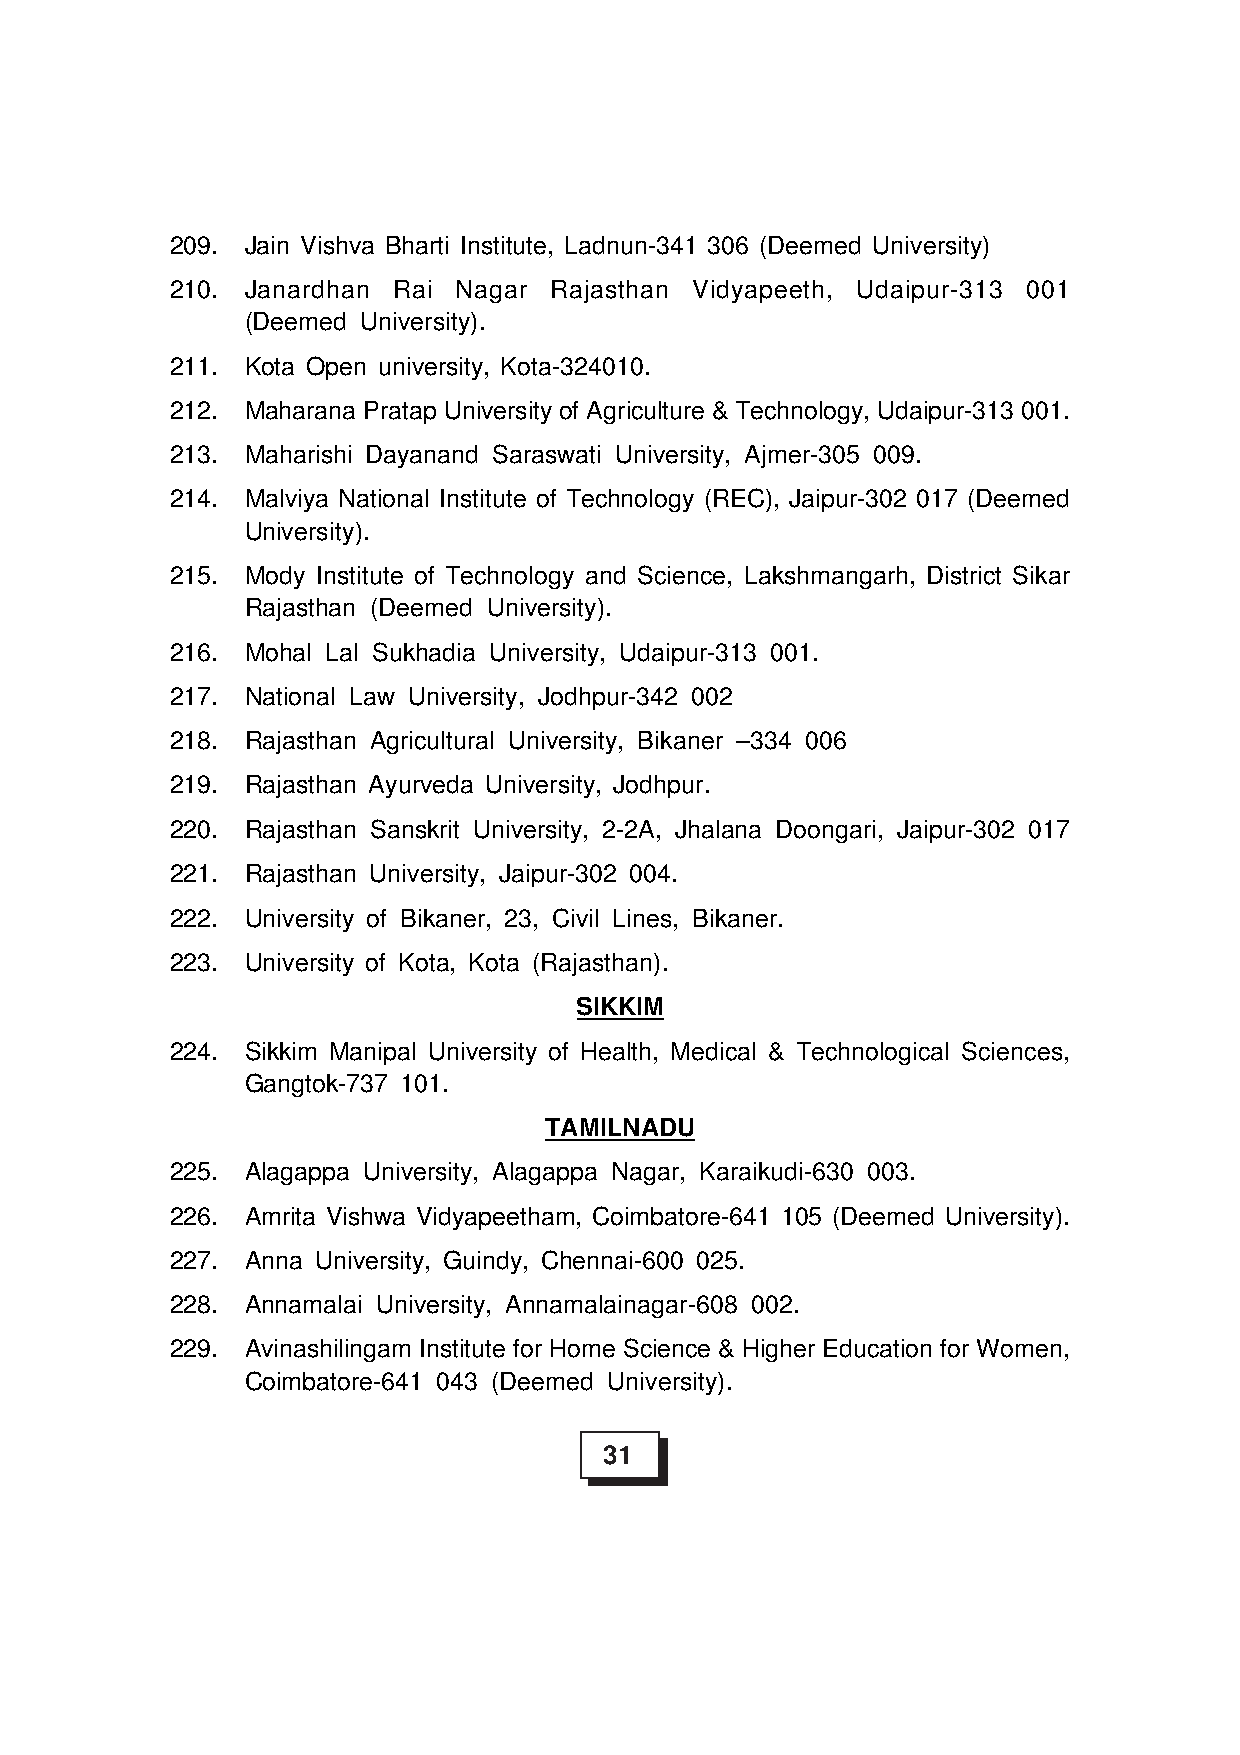
209. Jain Vishva Bharti Institute, Ladnun-341 306 (Deemed University)
 210. Janardhan Rai Nagar Rajasthan Vidyapeeth, Udaipur-313 001
 (Deemed University).
 211. Kota Open university, Kota-324010.
 212. Maharana Pratap University of Agriculture & Technology, Udaipur-313 001.
 213. Maharishi Dayanand Saraswati University, Ajmer-305 009.
 214. Malviya National Institute of Technology (REC), Jaipur-302 017 (Deemed
 University).
 215. Mody Institute of Technology and Science, Lakshmangarh, District Sikar
 Rajasthan (Deemed University).
 216. Mohal Lal Sukhadia University, Udaipur-313 001.
 217. National Law University, Jodhpur-342 002
 218. Rajasthan Agricultural University, Bikaner –334 006
 219. Rajasthan Ayurveda University, Jodhpur.
 220. Rajasthan Sanskrit University, 2-2A, Jhalana Doongari, Jaipur-302 017
 221. Rajasthan University, Jaipur-302 004.
 222. University of Bikaner, 23, Civil Lines, Bikaner.
 223. University of Kota, Kota (Rajasthan).
 SIKKIM
 224. Sikkim Manipal University of Health, Medical & Technological Sciences,
 Gangtok-737 101.
 TAMILNADU
 225. Alagappa University, Alagappa Nagar, Karaikudi-630 003.
 226. Amrita Vishwa Vidyapeetham, Coimbatore-641 105 (Deemed University).
 227. Anna University, Guindy, Chennai-600 025.
 228. Annamalai University, Annamalainagar-608 002.
 229. Avinashilingam Institute for Home Science & Higher Education for Women,
 Coimbatore-641 043 (Deemed University).
 31